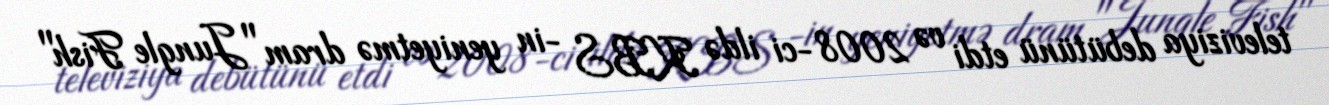
televiziya debütünü etdi və 2008-ci ildə KBS -in yeniyetmə dram "Jungle Fish"